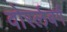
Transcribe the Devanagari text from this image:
वोरर्लबर्ग